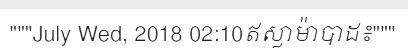
"""July Wed, 2018 02:10ឥស្លាម៉ាបាដ៖"""